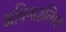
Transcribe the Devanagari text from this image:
अविनाशलिंगम